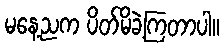
မနေ့ညက ပိတ်မိခဲ့ကြတာပါ။